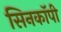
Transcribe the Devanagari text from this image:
सिनकाॅपी